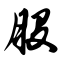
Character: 股